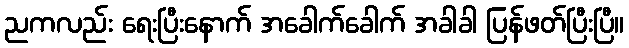
ညကလည်း ရေးပြီးနောက် အခေါက်ခေါက် အခါခါ ပြန်ဖတ်ပြီးပြီ။